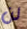
لن